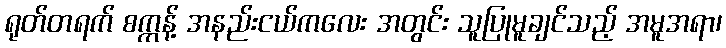
ရုတ်တရက် စက္ကန့် အနည်းငယ်ကလေး အတွင်း သူပြုမူချင်သည့် အမူအရာ၊